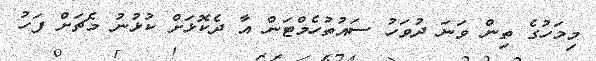
މިމަހުގެ ތިން ވަނަ ދުވަހު ސައުތުހެމްޓަން އާ ދެކޮޅަށް ކުޅުނު މެޗަށް ފަހު